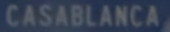
CASABLANCA